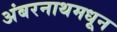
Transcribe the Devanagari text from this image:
अंबरनाथमधून